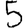
Digit: 5